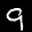
Label: 9